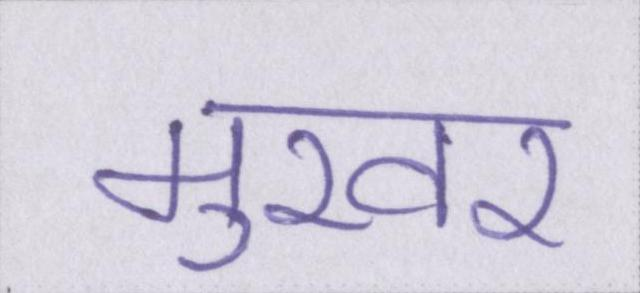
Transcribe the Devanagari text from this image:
मुखर